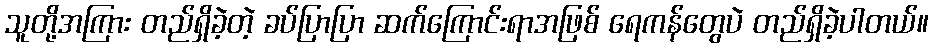
သူတို့အကြား တည်ရှိခဲ့တဲ့ ခပ်ပြာပြာ ဆက်ကြောင်းရာအဖြစ် ရေကန်တွေပဲ တည်ရှိခဲ့ပါတယ်။